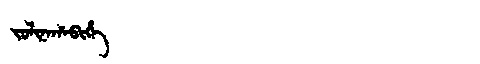
Manchu: ᠵᠣᠯᡳᠨᠠᡥᠠᠪᡳᡥᡝ
Romanization: JOLINAHABIHE